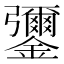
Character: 䥸